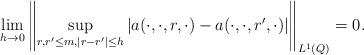
LaTeX: \begin{align*}\lim_{h\to 0}\left\|\sup_{r,r'\leq m,|r-r'|\leq h}|a(\cdot,\cdot,r,\cdot)-a(\cdot,\cdot,r',\cdot)|\right\|_{L^1(Q)}=0.\end{align*}